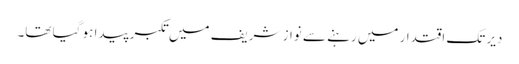
دیر تک اقتدار میں رہنے سے نواز شریف میں تکبر پیدا ہو گیا تھا۔